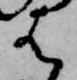
は